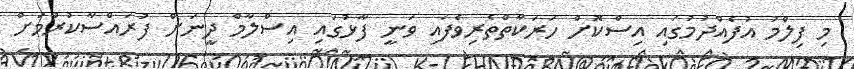
މި ފިލްމު އުފެއްދުމުގައި އިސްކޮށް ހަރަކާތްތެރިވެފައި ވަނީ ފާޅުގައި އިސްލާމް ދީނަށް ފުރައްސާކުރުމަށް